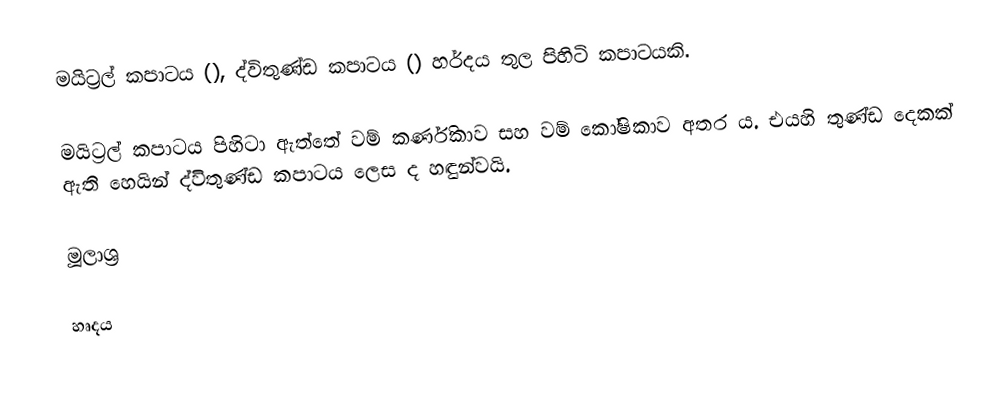
මයිට්‍රල් කපාටය (), ද්විතුණ්ඩ කපාටය () හර්දය තුල පිහිටි කපාටයකි.

මයිට්‍රල් කපාටය පිහිටා ඇත්තේ වම් කර්ණිකාව සහ වම් කෝෂිකාව අතර ය. එයහි තුණ්ඩ දෙකක් ඇති හෙයින් ද්විතුණ්ඩ කපාටය ලෙස ද හඳුන්වයි.

මූලාශ්‍ර

හෘදය